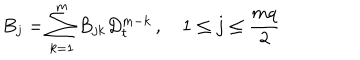
LaTeX: B _ { j } = \sum _ { k = 1 } ^ { m } B _ { j k } D _ { t } ^ { m - k } \, , \quad 1 \leq j \leq \frac { m q } { 2 }